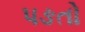
પઙતો